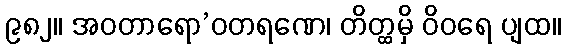
၉၈၂။ အဝတာရော’ဝတရဏေ၊ တိတ္ထမှိ ဝိဝရေ ပျထ။